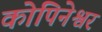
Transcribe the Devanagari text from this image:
कोपिनेश्वर